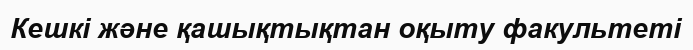
Кешкі және қашықтықтан оқыту факультеті